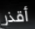
أقذر